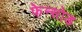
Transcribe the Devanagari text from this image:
फेन्सोड